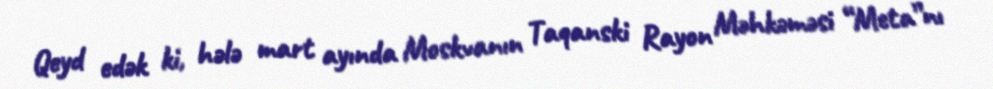
Qeyd edək ki, hələ mart ayında Moskvanın Taqanski Rayon Məhkəməsi “Meta”nı